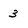
Character: 3